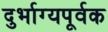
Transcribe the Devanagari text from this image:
दुर्भाग्यपूर्वक